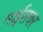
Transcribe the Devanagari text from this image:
माईसचर